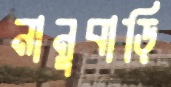
নানুবাড়ি